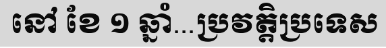
នៅ ខែ ១ ឆ្នាំ...ប្រវត្តិប្រទេស